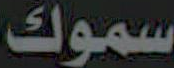
سموك